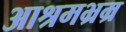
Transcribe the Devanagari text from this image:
आश्रमभ्रम्र